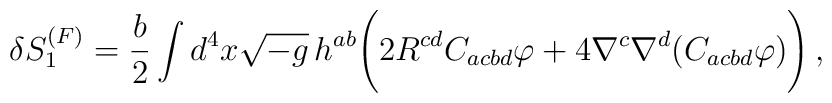
\delta S_1^{(F)} = \frac{b}{2} \int d^4x \sqrt{-g}\,h^{ab}\Biggl(2R^{cd}C_{acbd}\varphi + 4\nabla^c \nabla^d (C_{acbd}\varphi)\Biggr)\,,